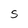
Character: S